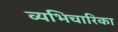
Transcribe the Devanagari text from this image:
व्यभिचारिका